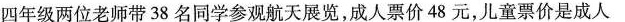
四年级两位老师带38名同学参观航天展览，成人票价48元，儿童票价是成人